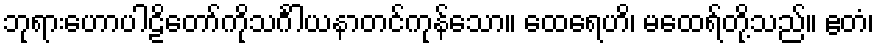
ဘုရားဟောပါဠိတော်ကိုသင်္ဂါယနာတင်ကုန်သော။ ထေရေဟိ၊ မထေရ်တို့သည်။ ဧတံ၊